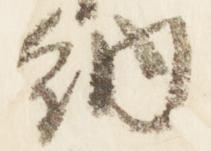
納